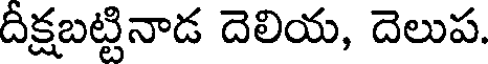
దీక్షబట్టినాడ దెలియ, దెలుప.